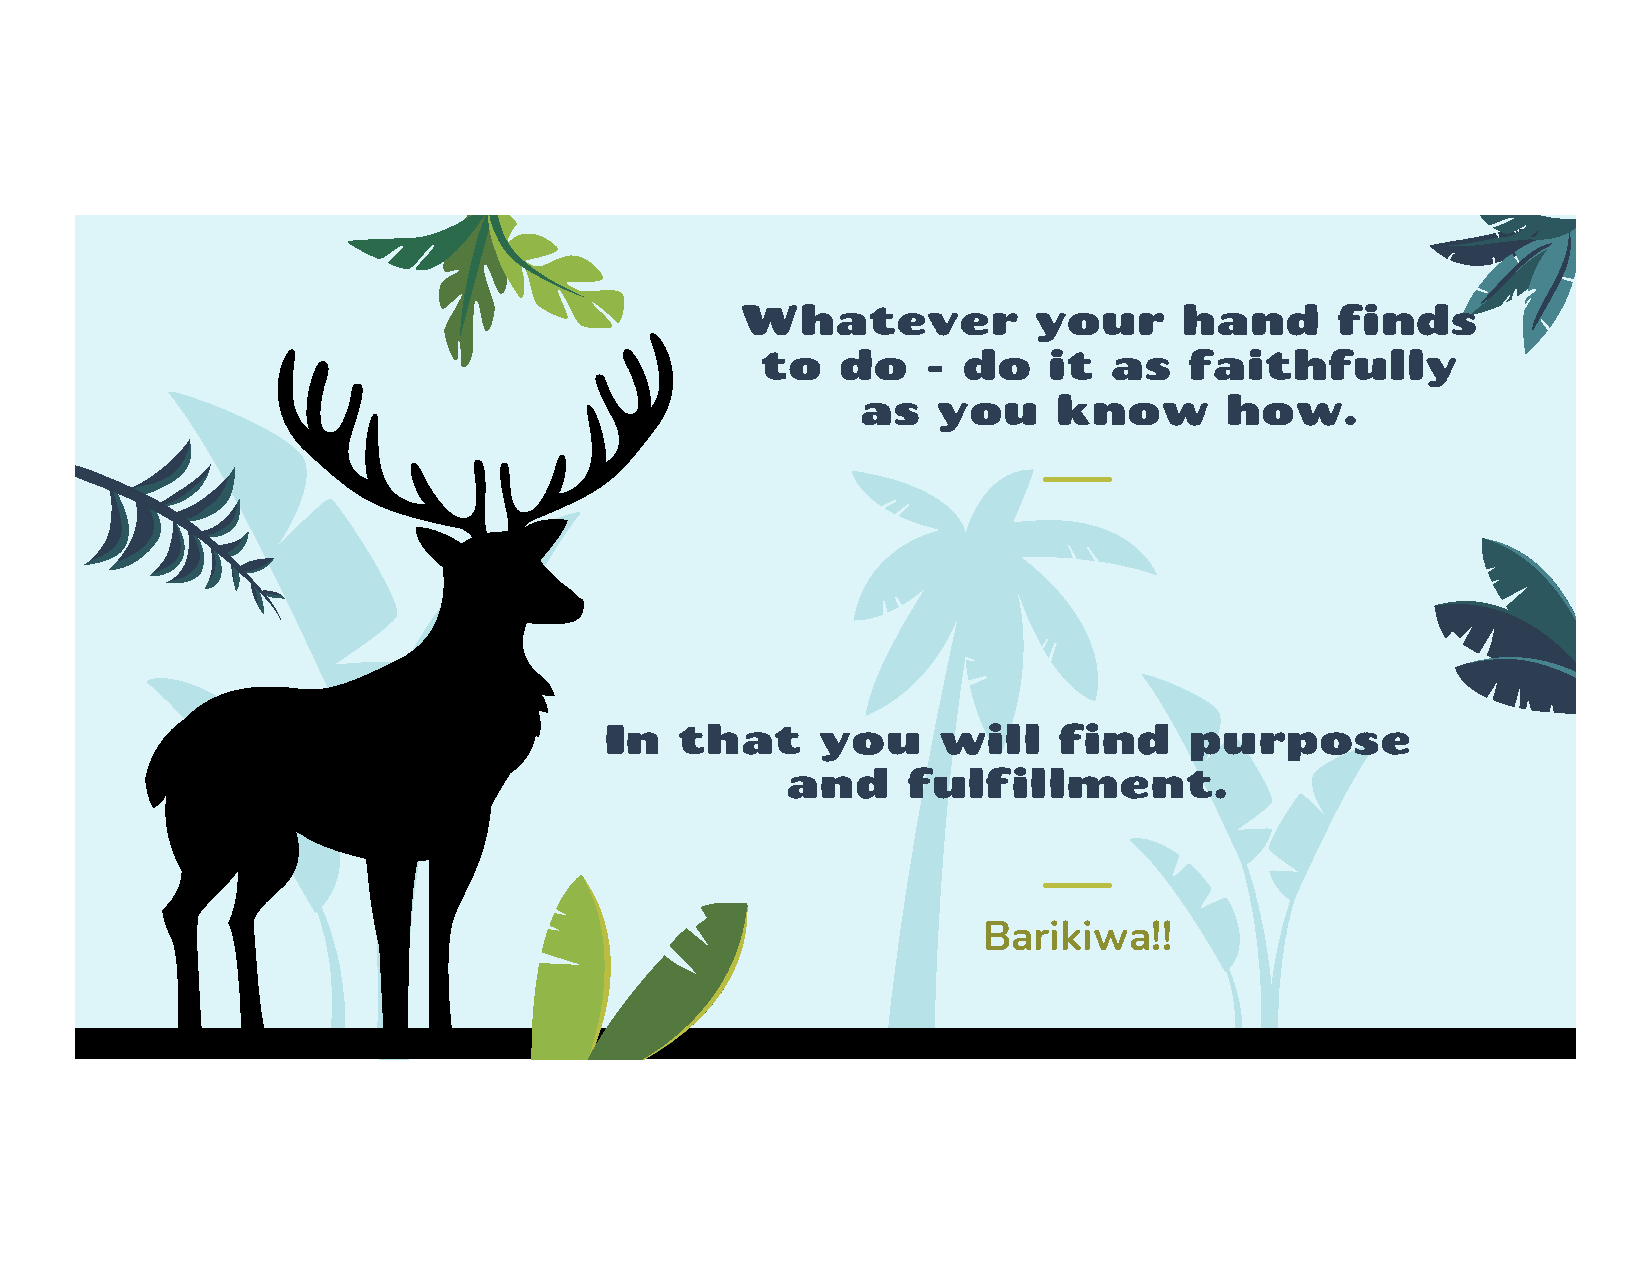
In   that     you     will    find     purpose
 and     fulfillment.
 Barikiwa!!